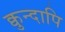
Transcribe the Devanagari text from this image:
क्वुन्दापि